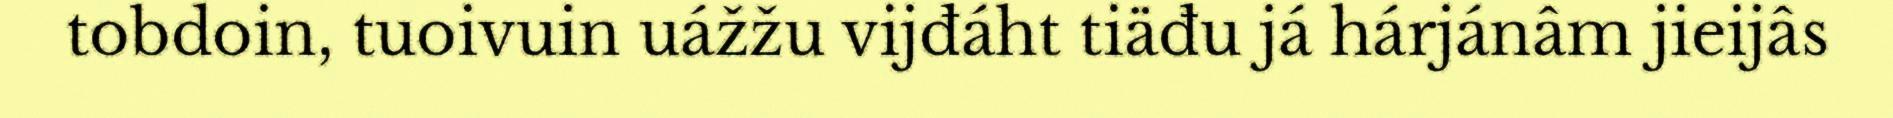
tobdoin, tuoivuin uážžu vijđáht tiäđu já hárjánâm jieijâs